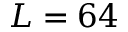
L = 6 4